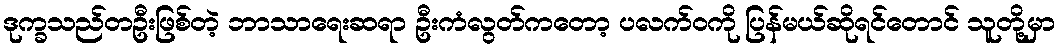
ဒုက္ခသည်တဦးဖြစ်တဲ့ ဘာသာရေးဆရာ ဦးကံလွတ်ကတော့ ပလက်ဝကို ပြန်မယ်ဆိုရင်တောင် သူတို့မှာ